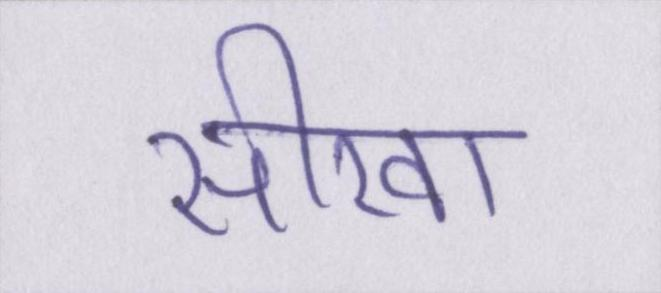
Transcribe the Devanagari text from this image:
सीखा